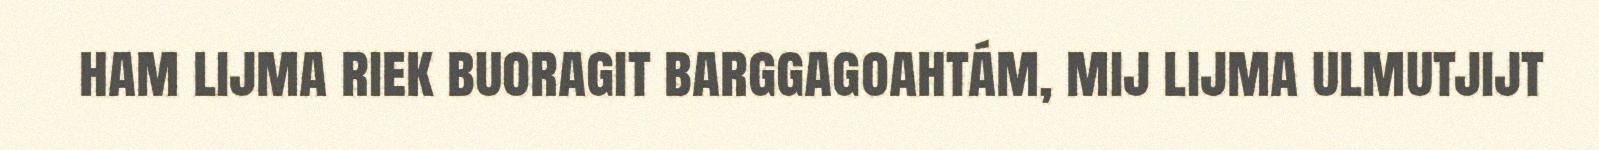
ham lijma riek buoragit barggagoahtám, mij lijma ulmutjijt